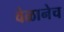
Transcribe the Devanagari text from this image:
वेळानेच